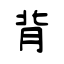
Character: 背